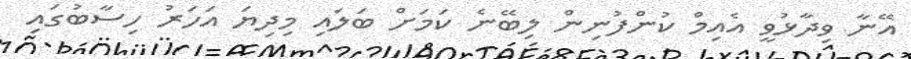
އޭނާ ވިދާޅުވީ އެއިމް ކުންފުނިން ލިބޭނެ ކަމަށް ބަލައި މިދިޔަ އަހަރު ހިސާބުގައި